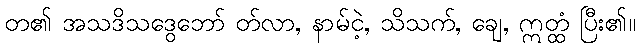
တ၏ အသဒိသဒွေဘော် တ်လာ, နာမ်ငဲ့, သိသက်, ချေ, ဣတ္ထံ ပြီး၏။